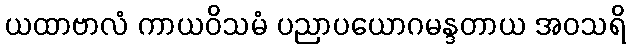
ယထာဗာလံ ကာယဝိသမံ ပညာပယောဂမန္ဒတာယ အဝသရိ